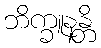
ဘိက္ခူနန္တိ